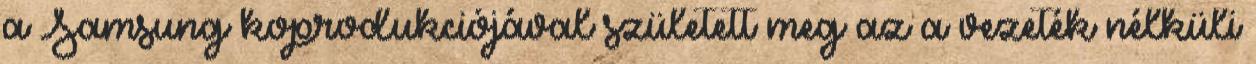
a Samsung koprodukciójával született meg az a vezeték nélküli